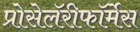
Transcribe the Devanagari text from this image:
प्रोसेलॅरीफॉर्मेस